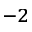
^ { - 2 }